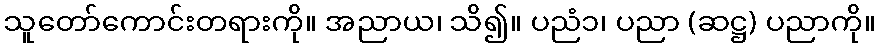
သူတော်ကောင်းတရားကို။ အညာယ၊ သိ၍။ ပညံ၁၊ ပညာ (ဆဋ္ဌ) ပညာကို။